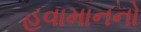
હવામાનનો